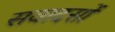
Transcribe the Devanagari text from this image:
सवादसों